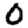
Digit: 0